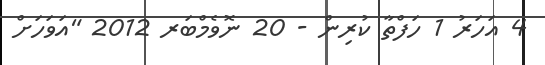
4 އަހަރު 1 ހަފްތާ ކުރިން - 20 ނޮވެމްބަރ 2012 "އަވަހަށް